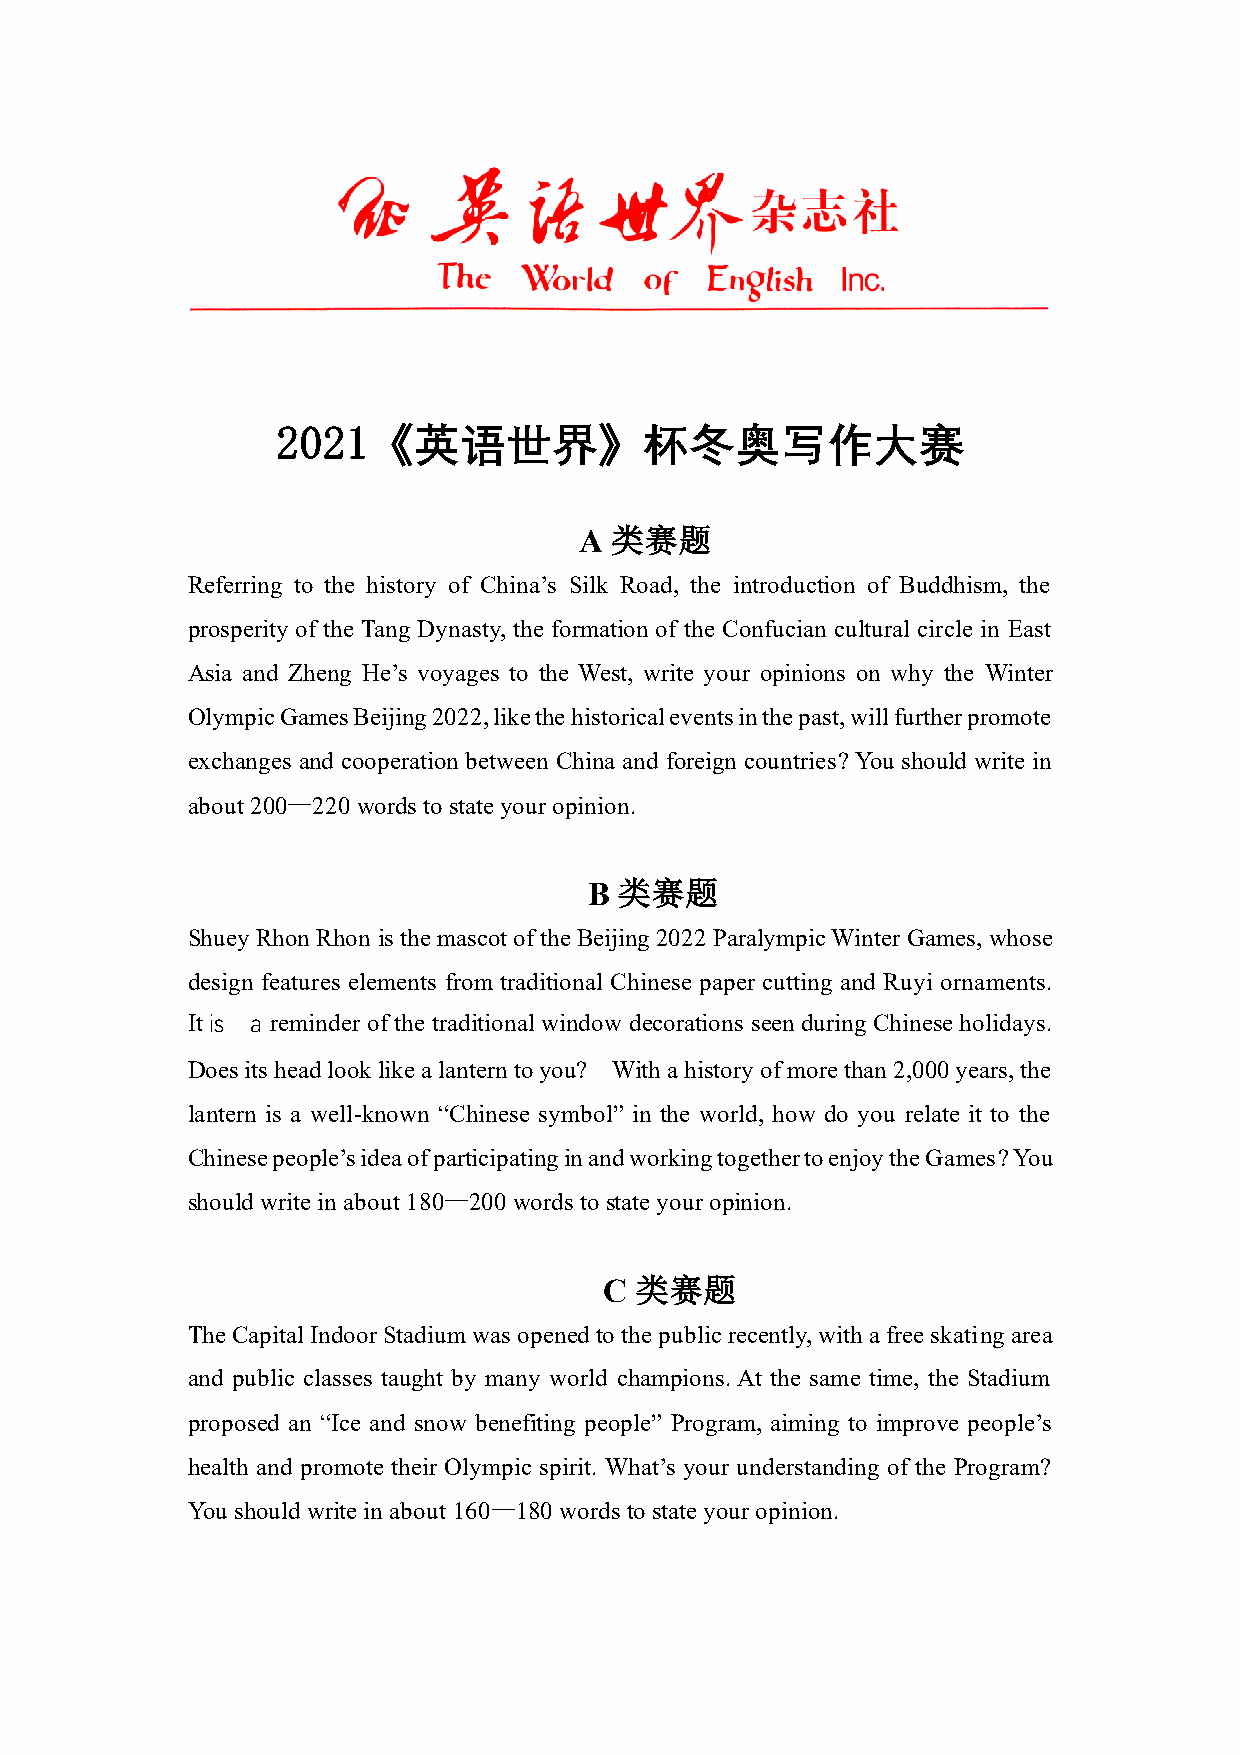
2021《英语世界》杯冬奥写作大赛
 A 类赛题
 Referring to the history of China’s Silk Road, the introduction of Buddhism, the
 prosperity of the Tang Dynasty, the formation of the Confucian cultural circle in East
 Asia and Zheng He’s voyages to the West, write your opinions on why the Winter
 Olympic Games Beijing 2022, like the historical events in the past, will further promote
 exchanges and cooperation between China and foreign countries? You should write in
 about 200—220 words to state your opinion.
 B 类赛题
 Shuey Rhon Rhon is the mascot of the Beijing 2022 Paralympic Winter Games, whose
 design features elements from traditional Chinese paper cutting and Ruyi ornaments.
 It is a reminder of the traditional window decorations seen during Chinese holidays.
 Does its head look like a lantern to you? With a history of more than 2,000 years, the
 lantern is a well-known “Chinese symbol” in the world, how do you relate it to the
 Chinese people’s idea of participating in and working together to enjoy the Games? You
 should write in about 180—200 words to state your opinion.
 C 类赛题
 The Capital Indoor Stadium was opened to the public recently, with a free skating area
 and public classes taught by many world champions. At the same time, the Stadium
 proposed an “Ice and snow benefiting people” Program, aiming to improve people’s
 health and promote their Olympic spirit. What’s your understanding of the Program?
 You should write in about 160—180 words to state your opinion.